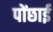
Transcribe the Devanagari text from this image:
पोंछाई